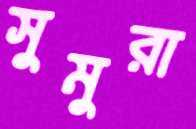
সুমুরা